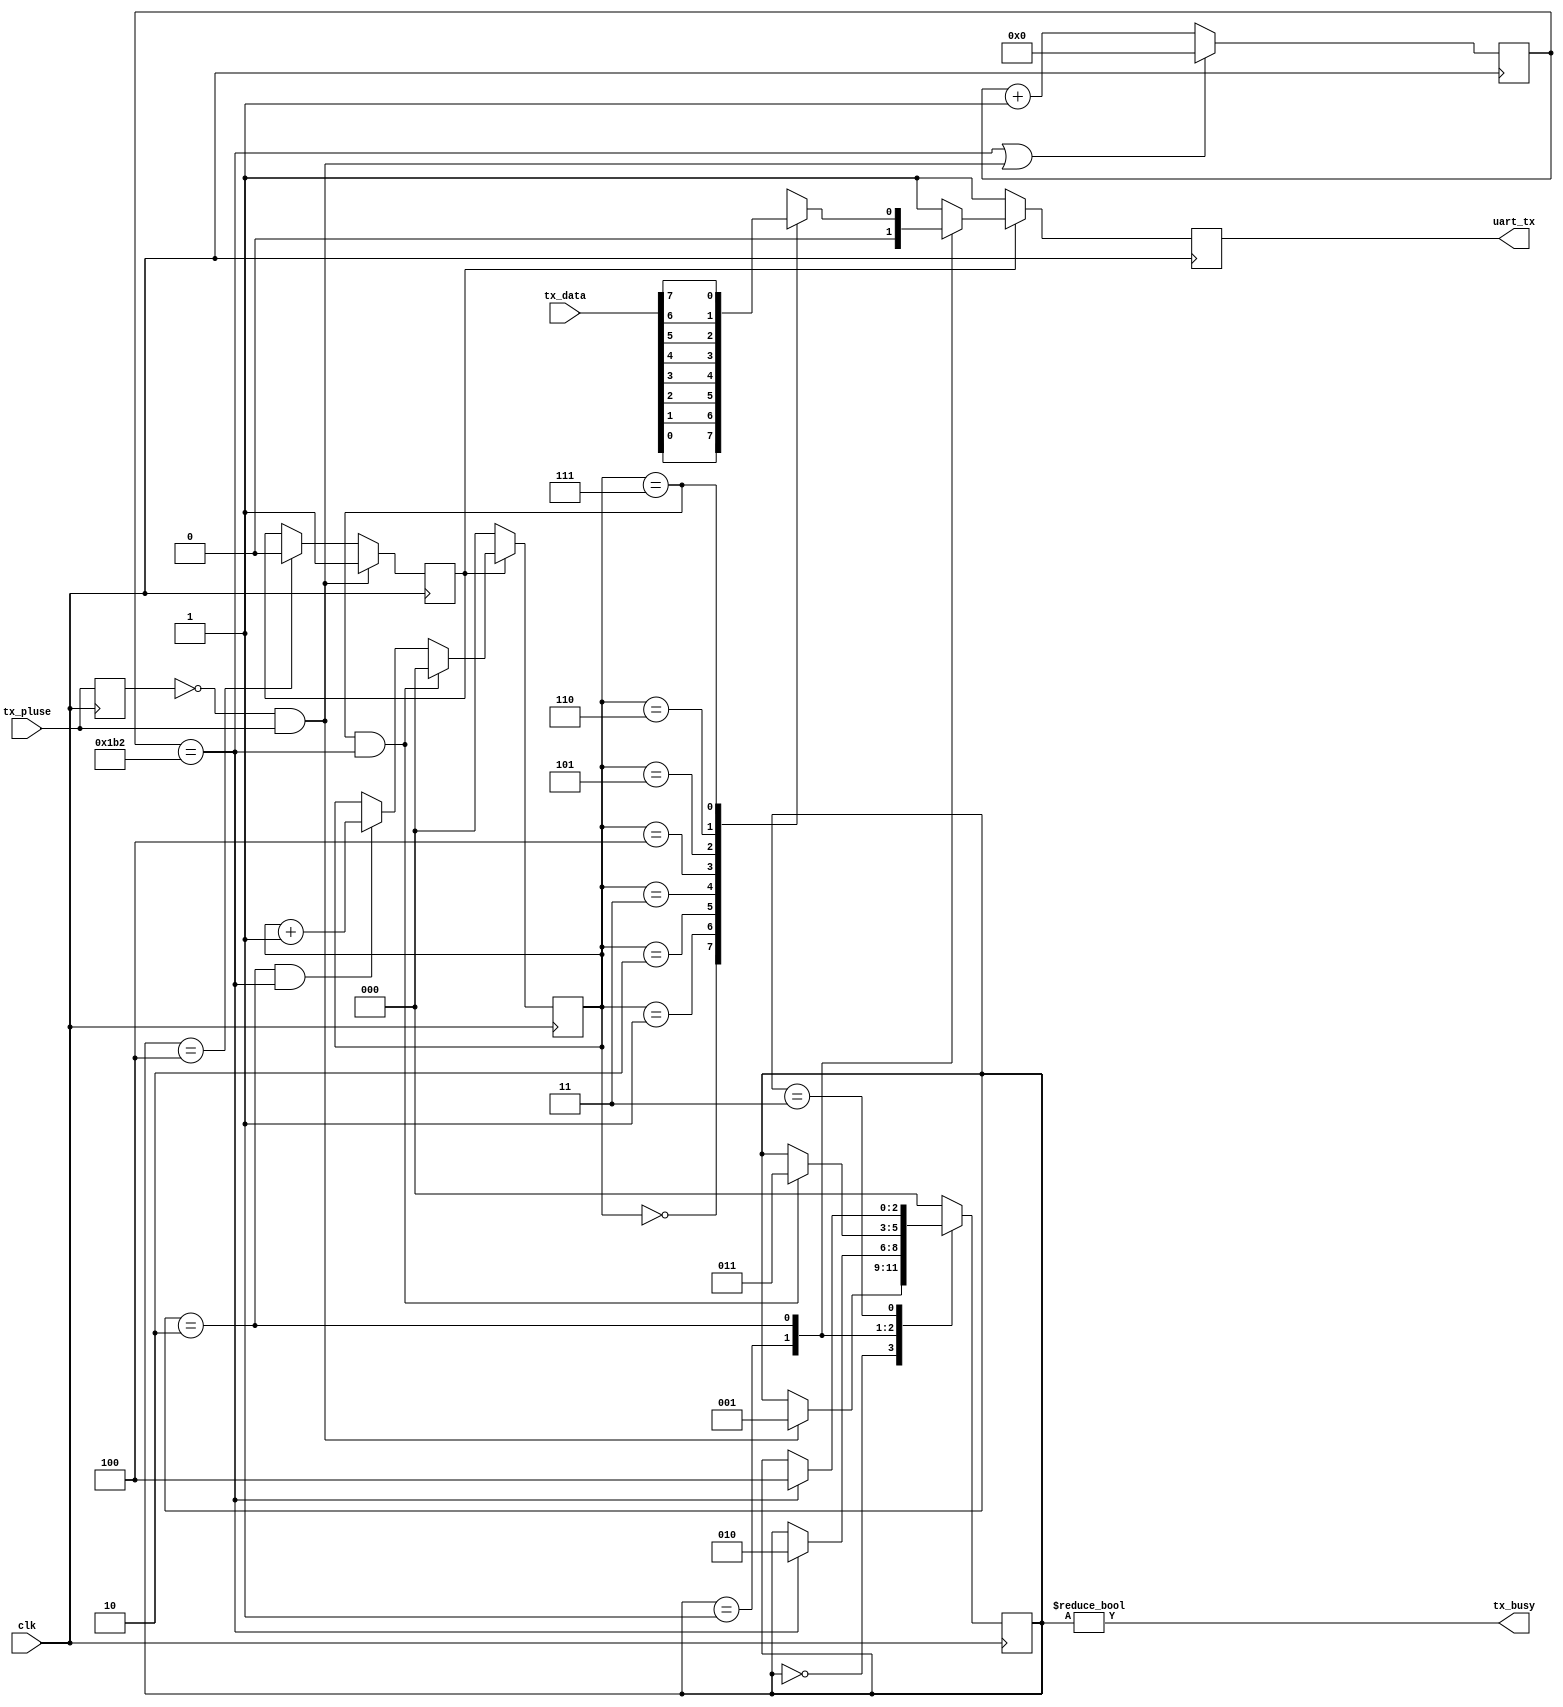
`timescale 1ns / 1ps
//////////////////////////////////////////////////////////////////////////////////
// Company: Myminieye
// 
// Design Name: 
// Module Name: uart_tx
// Project Name: 
// Target Devices: 
// Tool Versions: 
// Description: 
// 
// Dependencies: 
// 
// Revision:
// Revision 0.01 - File Created
// Additional Comments:
// 
//////////////////////////////////////////////////////////////////////////////////

`define UD #1

module uart_tx #(
    parameter            BPS_NUM  =    16'd434
//  4800bit:50MHz set 10417  40MHz set 8333
//  9600bit:50MHz set 5208   40MHz set 4167
//  115200bit:50MHz set 434  40MHz set 347 12M set 104
)
(
    input          clk,         // clock                                   
    input [7:0]    tx_data,     // uart tx data signal byte              
    input          tx_pluse,    // uart tx enable signal,rising is active; 
                   
    output reg     uart_tx,     // uart tx transmit data line              
    output         tx_busy      // uart tx module work states,high is busy;
);

    //==========================================================================
    //wire and reg in the module
    //==========================================================================
    reg             tx_pluse_reg =0;
    
    reg	[2:0]	    tx_bit_cnt=0;	//the bits number has transmited.
                  
    reg	[2:0]	    tx_state=0;		//current state of tx state machine.
    reg	[2:0]	    tx_state_n=0;	//next state of tx state machine.
                  
    reg	[3:0]	    pluse_delay_cnt=0;
    reg             tx_en = 0;

    // uart tx state machine's state
    localparam  IDLE	   = 4'h0;	//tx state machine's state.
    localparam  SEND_START = 4'h1;	//tx state machine's state.start
    localparam  SEND_DATA  = 4'h2;	//tx state machine's state.
    localparam  SEND_STOP  = 4'h3;	//tx state machine's state.stop
    localparam  SEND_END   = 4'h4;	//tx state machine's state.
    
    // uart bps set  the clk's frequency is 50MHz
    reg	[15:0]	  clk_div_cnt=0;	//count for division the clock. 

    //==========================================================================
    //logic
    //==========================================================================
    assign tx_busy = (tx_state != IDLE);
    //some control single.
    
    always @(posedge clk)
    begin
        tx_pluse_reg <= `UD tx_pluse;
    end
    
    // uart 
    always @(posedge clk)
    begin
        if(~tx_pluse_reg & tx_pluse)
            tx_en <= 1'b1;
        else if(tx_state == SEND_END)
            tx_en <= 1'b0;
    end
    
    //division the clock to satisfy baud rate.
    always @ (posedge clk)
    begin
        if(clk_div_cnt == BPS_NUM || (~tx_pluse_reg & tx_pluse))
            clk_div_cnt   <= `UD 16'h0;
        else
            clk_div_cnt   <= `UD clk_div_cnt + 16'h1;
    end
    
    //count the number has transmited.bit
    always @ (posedge clk)
    begin
        if(!tx_en)
            tx_bit_cnt    <= `UD 3'h0;
        else if((tx_bit_cnt == 3'h7) && (clk_div_cnt == BPS_NUM))
            tx_bit_cnt    <= `UD 3'h0;
        else if((tx_state == SEND_DATA) && (clk_div_cnt == BPS_NUM))
            tx_bit_cnt    <= `UD tx_bit_cnt + 3'h1;
        else 
            tx_bit_cnt    <= `UD tx_bit_cnt;
    end
    
    //==========================================================================
    //transmitter state machine
    //==========================================================================
    
    //   state change 
    always @(posedge clk)
    begin
        tx_state <= tx_state_n;
    end
    
    //   state change condition 
    always @ (*)
    begin
      case(tx_state)
        IDLE   	:  
        begin
            if(~tx_pluse_reg & tx_pluse)   //16start
    	        tx_state_n = SEND_START;
    	    else
    	        tx_state_n = tx_state;
    	end
        SEND_START	:  
        begin
            if(clk_div_cnt == BPS_NUM)               //
    	        tx_state_n = SEND_DATA;
    	    else
    		    tx_state_n = tx_state;
    	end
        SEND_DATA	:  
        begin
            if(tx_bit_cnt == 3'h7 && clk_div_cnt == BPS_NUM)    //88bitstop
    	        tx_state_n = SEND_STOP;
    	    else
    		    tx_state_n = tx_state;
    	end
        SEND_STOP	:  
        begin
            if(clk_div_cnt == BPS_NUM)              //1
    	        tx_state_n = SEND_END;
    	    else
    		    tx_state_n = tx_state;
        end
        SEND_END	:  tx_state_n = IDLE;
        default	:  tx_state_n = IDLE;
      endcase
    end
    
    //   logical ouput  
    always @ (posedge clk)
    begin
      if(tx_en)
      begin
          case(tx_state)
              IDLE       :  uart_tx  <= `UD 1'h1;           //
              SEND_START :  uart_tx  <= `UD 1'h0;           //start
              SEND_DATA  :                                  //bit
              begin
                  case(tx_bit_cnt)
                      3'h0  :  uart_tx  <= `UD tx_data[0];
                      3'h1  :  uart_tx  <= `UD tx_data[1];
                      3'h2  :  uart_tx  <= `UD tx_data[2];
                      3'h3  :  uart_tx  <= `UD tx_data[3];
                      3'h4  :  uart_tx  <= `UD tx_data[4];
                      3'h5  :  uart_tx  <= `UD tx_data[5];
                      3'h6  :  uart_tx  <= `UD tx_data[6];
                      3'h7  :  uart_tx  <= `UD tx_data[7];
                      default: uart_tx  <= `UD 1'h1;
                  endcase
              end
              SEND_STOP  :  uart_tx  <= `UD 1'h1;          // 1
              default    :  uart_tx  <= `UD 1'h1;          // 
          endcase
      end
      else
          uart_tx <= `UD 1'h1;
    end
    
    endmodule